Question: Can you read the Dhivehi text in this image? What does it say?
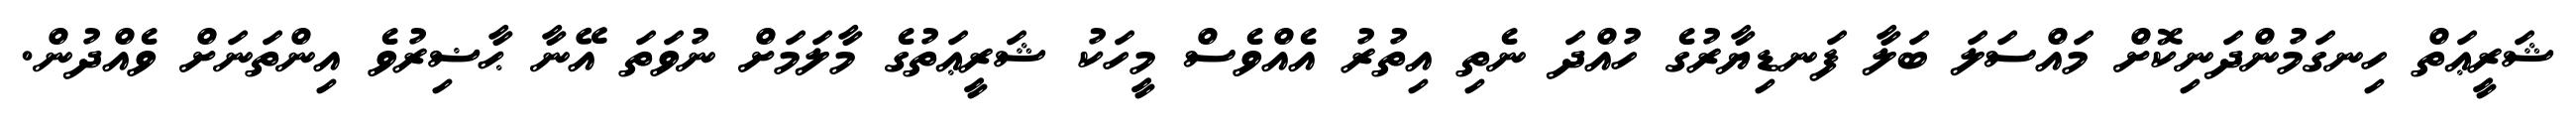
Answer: ޝަރީޢަތް ހިނގަމުންދަނިކޮށް މައްސަލަ ބަލާ ފަނޑިޔާރުގެ ހުއްދަ ނެތި އިތުރު އެއްވެސް މީހަކު ޝަރީޢަތުގެ މާލަމަށް ނުވަތަ އޭނާ ޙާޟިރުވެ އިންތަނަށް ވެއްދުން.